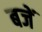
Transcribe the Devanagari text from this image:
बजें